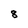
Character: 8